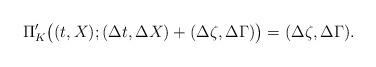
LaTeX: \begin{align*} \Pi_{K}'\big((t,X);(\Delta t,\Delta X)+(\Delta\zeta,\Delta\Gamma)\big) =(\Delta\zeta,\Delta\Gamma). \end{align*}